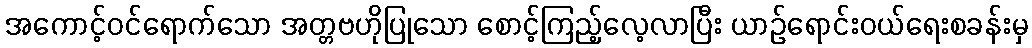
အကောင့်ဝင်ရောက်သော အတ္တဗဟိုပြုသော စောင့်ကြည့်လေ့လာပြီး ယာဉ်ရောင်းဝယ်ရေးစခန်းမှ